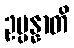
ဥပ္ပန္နာတိ